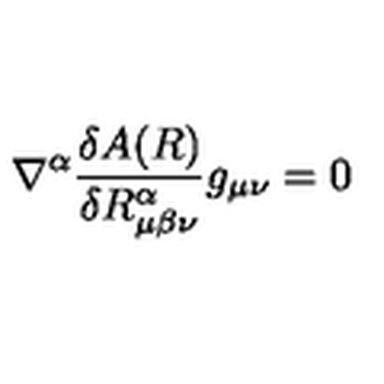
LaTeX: \nabla ^ { \alpha } \frac { \delta A ( R ) } { \delta R _ { \mu \beta \nu } ^ { \alpha } } g _ { \mu \nu } = 0